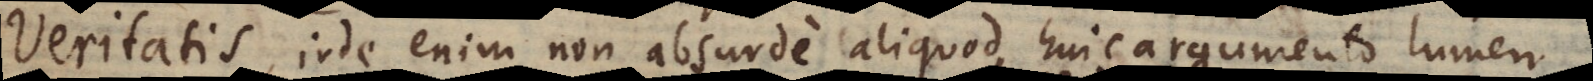
Veritatis, inde enim non absurde aliquod huic argumento lumen